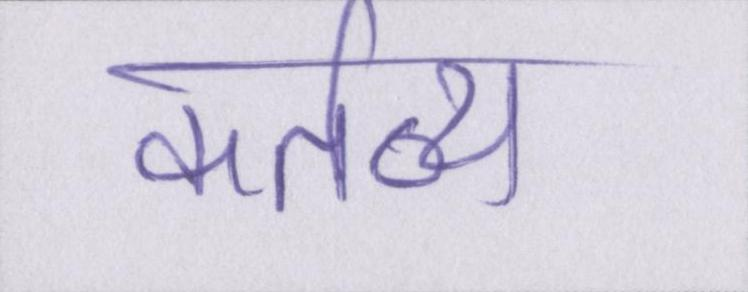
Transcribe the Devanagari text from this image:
कर्तव्य